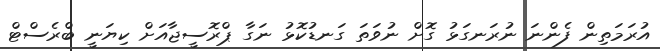
އުރަމަތިން ފެންނަ ނުރަނގަޅު ގޮށް ނުވަތަ ގަނޑުކޮޅު ނަގާ ޕްރޮސީޖާއަށް ކިޔަނީ ބްރެސްޓް